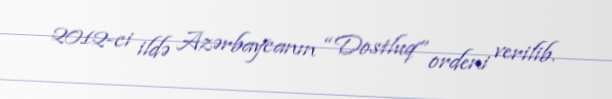
2012-ci ildə Azərbaycanın “Dostluq” ordeni verilib.